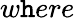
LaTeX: w\mathtt{h}ere